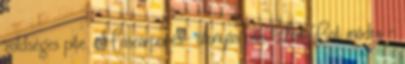
zöldséges pite. Mascarponés- áfonyás pite Flat Cat módra -